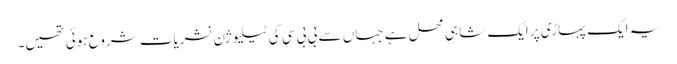
یہ ایک پہاڑی پر ایک شاہی محل ہے جہاں سے بی بی سی کی ٹیلیوژن نشریات شروع ہوئی تھیں۔